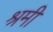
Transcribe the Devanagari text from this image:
श्रमी